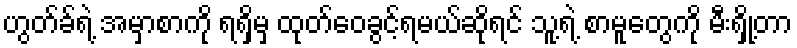
ဟွတ်ခ်ရဲ့ အမှာစာကို ရရှိမှ ထုတ်ဝေခွင့်ရမယ်ဆိုရင် သူ့ရဲ့ စာမူတွေကို မီးရှို့တာ